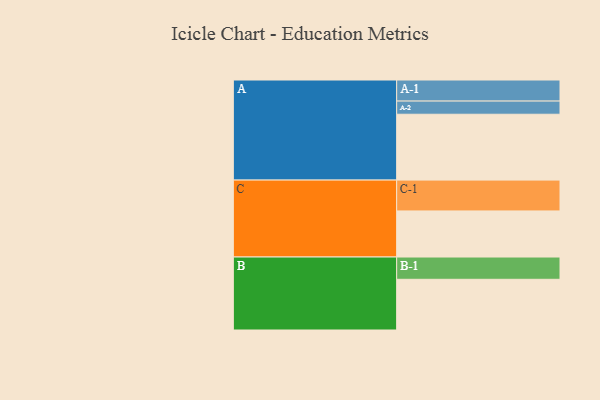
{"axis": {"x": "Segment", "y": "Value"}, "legend": ["", "A", "B", "C"], "data": [{"x": "A", "y": 600, "type": ""}, {"x": "B", "y": 462, "type": ""}, {"x": "C", "y": 420, "type": ""}, {"x": "A-1", "y": 192, "type": "A"}, {"x": "A-2", "y": 120, "type": "A"}, {"x": "B-1", "y": 203, "type": "B"}, {"x": "C-1", "y": 281, "type": "C"}]}